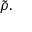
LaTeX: { \tilde { \rho } } .